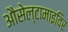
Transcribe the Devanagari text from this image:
औसेल्टामाइविर